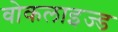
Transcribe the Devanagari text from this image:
वोकलाइज्ड